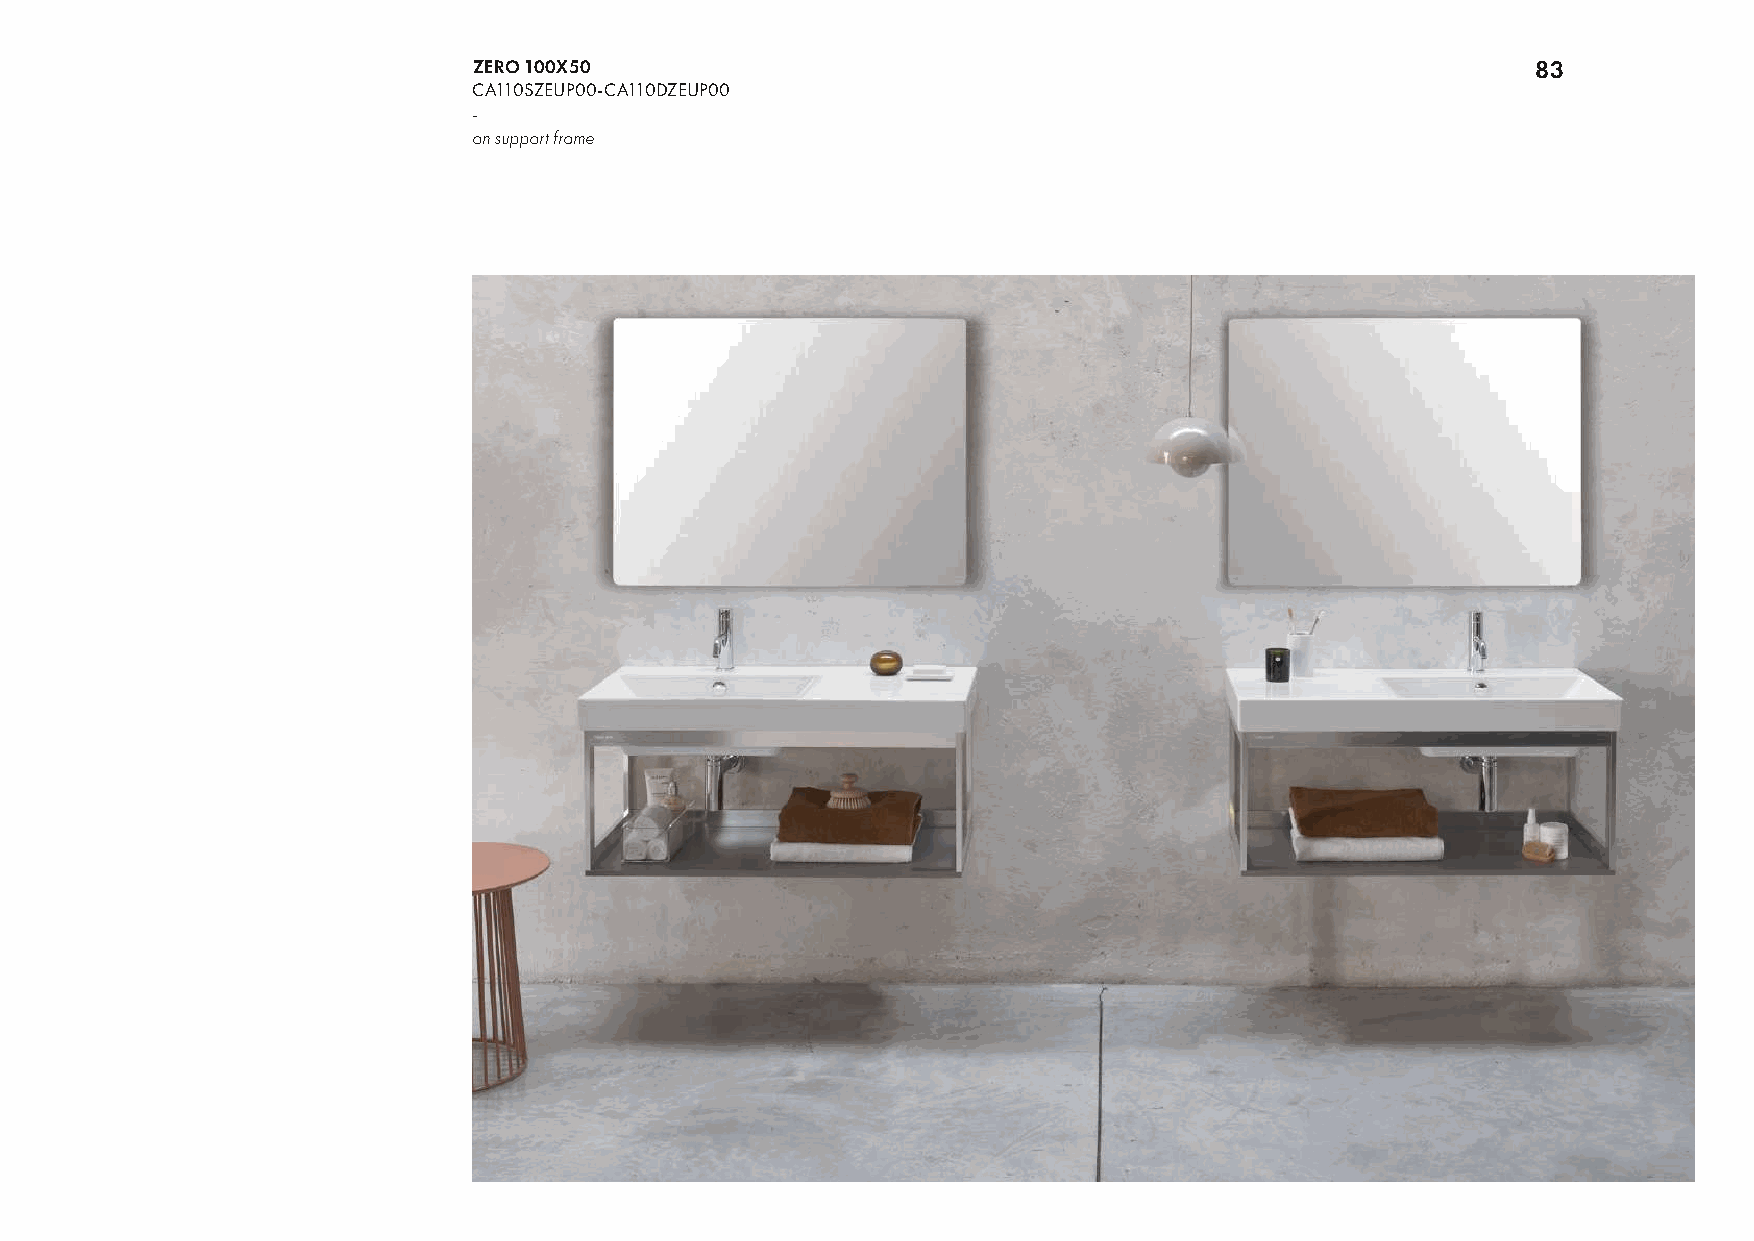
ZERO 100X50                                                Zero 150x50 83
 CA110SZEUP00-CA110DZEUP00
 -
 on support frame